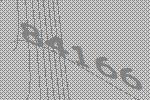
84166